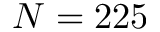
N = 2 2 5